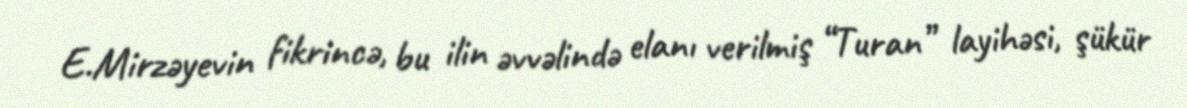
E.Mirzəyevin fikrincə, bu ilin əvvəlində elanı verilmiş “Turan” layihəsi, şükür